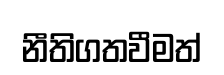
නීතිගතවීමත්